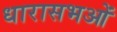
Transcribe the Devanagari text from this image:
धारासभओं